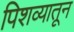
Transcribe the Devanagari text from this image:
पिशव्यातून